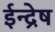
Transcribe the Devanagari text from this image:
ईन्द्रेष